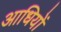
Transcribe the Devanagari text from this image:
आधियों